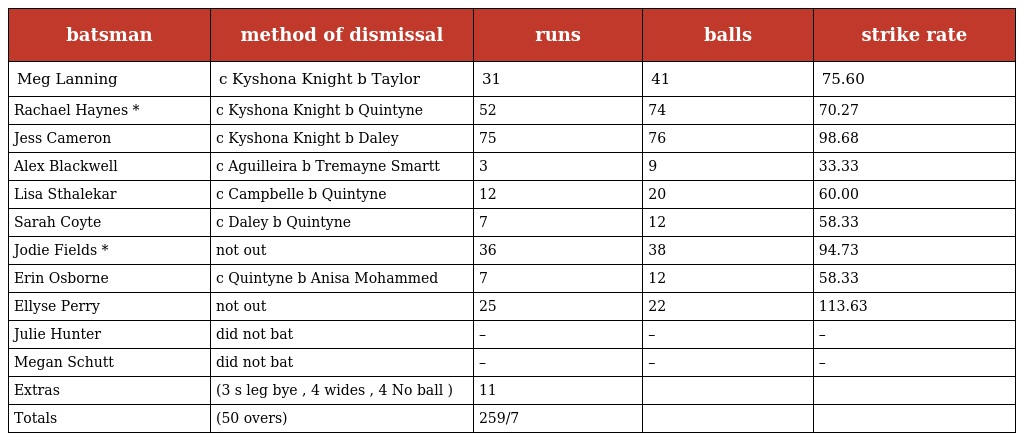
| batsman | method of dismissal | runs | balls | strike rate |
 | --- | --- | --- | --- | --- |
 | Meg Lanning | c Kyshona Knight b Taylor | 31 | 41 | 75.60 |
 | Rachael Haynes * | c Kyshona Knight b Quintyne | 52 | 74 | 70.27 |
 | Jess Cameron | c Kyshona Knight b Daley | 75 | 76 | 98.68 |
 | Alex Blackwell | c Aguilleira b Tremayne Smartt | 3 | 9 | 33.33 |
 | Lisa Sthalekar | c Campbelle b Quintyne | 12 | 20 | 60.00 |
 | Sarah Coyte | c Daley b Quintyne | 7 | 12 | 58.33 |
 | Jodie Fields * | not out | 36 | 38 | 94.73 |
 | Erin Osborne | c Quintyne b Anisa Mohammed | 7 | 12 | 58.33 |
 | Ellyse Perry | not out | 25 | 22 | 113.63 |
 | Julie Hunter | did not bat | – | – | – |
 | Megan Schutt | did not bat | – | – | – |
 | Extras | (3 s leg bye , 4 wides , 4 No ball ) | 11 |  |  |
 | Totals | (50 overs) | 259/7 |  |  |